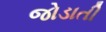
જોડાતી